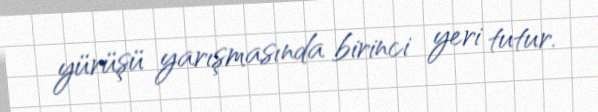
yürüşü yarışmasında birinci yeri tutur.